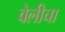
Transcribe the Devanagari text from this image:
वेलीचा